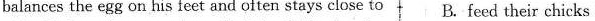
balances the egg on his feet and often stays close to B. Feed their chicks